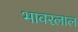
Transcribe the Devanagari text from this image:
भावरलाल